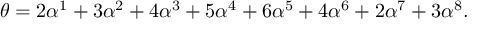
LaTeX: \theta = 2 \alpha ^ { 1 } + 3 \alpha ^ { 2 } + 4 \alpha ^ { 3 } + 5 \alpha ^ { 4 } + 6 \alpha ^ { 5 } + 4 \alpha ^ { 6 } + 2 \alpha ^ { 7 } + 3 \alpha ^ { 8 } .